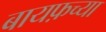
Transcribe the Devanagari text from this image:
बायफ़च्या